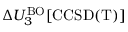
\Delta U _ { 3 } ^ { \mathrm { B O } } [ \mathrm { C C S D ( T ) } ]